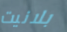
بلانيت